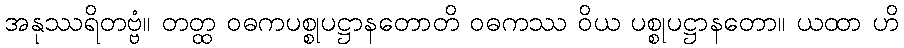
အနုဿရိတဗ္ဗံ။ တတ္ထ ဝဓကပစ္စုပဋ္ဌာနတောတိ ဝဓကဿ ဝိယ ပစ္စုပဋ္ဌာနတော။ ယထာ ဟိ